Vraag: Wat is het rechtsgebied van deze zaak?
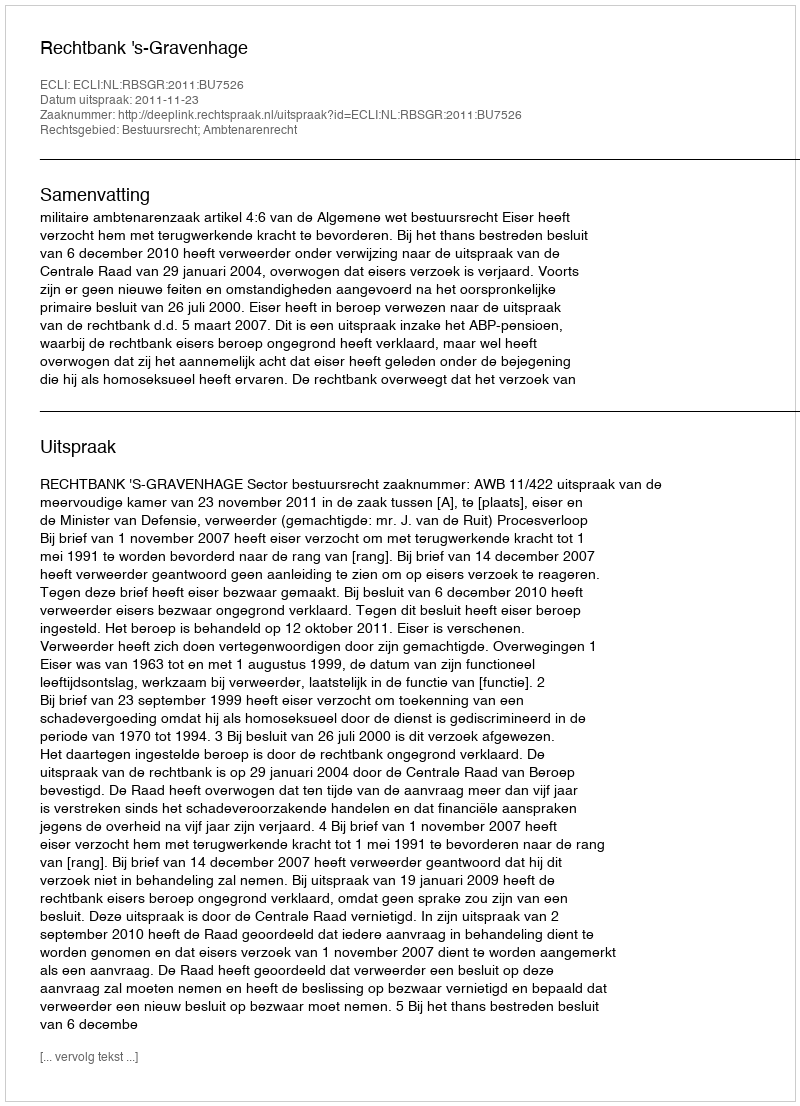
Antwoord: Bestuursrecht; Ambtenarenrecht